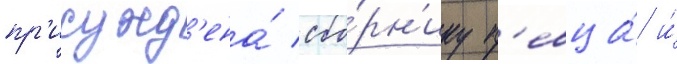
пр'исужд'ена́ сбо́рн'ику п'евца́ и́